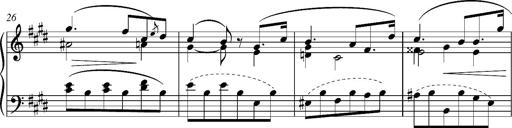
Title: Madrigal
Composer: Lucien Wurmser
Key: A major